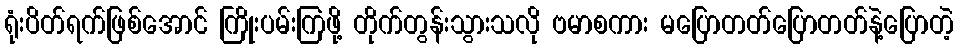
ရုံးပိတ်ရက်ဖြစ်အောင် ကြိုးပမ်းကြဖို့ တိုက်တွန်းသွားသလို ဗမာစကား မပြောတတ်ပြောတတ်နဲ့ပြောတဲ့